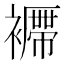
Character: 𧞝